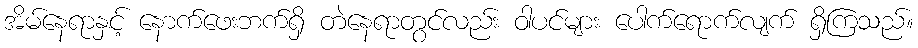
အိမ်နေရာနှင့် နောက်ဖေးဘက်ရှိ တဲနေရာတွင်လည်း ဝါပင်များ ပေါက်ရောက်လျက် ရှိကြသည်။